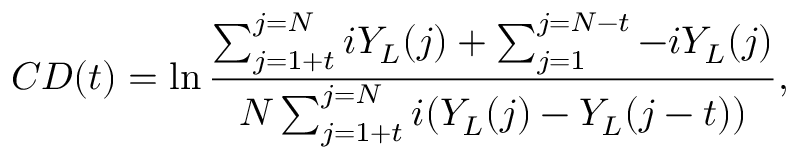
C D ( t ) = \ln \frac { \sum _ { j = 1 + t } ^ { j = N } i Y _ { L } ( j ) + \sum _ { j = 1 } ^ { j = N - t } - i Y _ { L } ( j ) } { N \sum _ { j = 1 + t } ^ { j = N } i ( Y _ { L } ( j ) - Y _ { L } ( j - t ) ) } ,